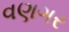
વણગર